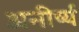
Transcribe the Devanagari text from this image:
अनीर्ष्य